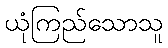
ယုံကြည်သောသူ